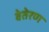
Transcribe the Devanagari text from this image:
वेतेरण